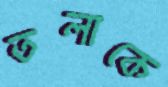
তলাকে